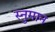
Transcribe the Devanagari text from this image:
स्नुमान